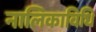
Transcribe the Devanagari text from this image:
नालिकाविधि